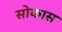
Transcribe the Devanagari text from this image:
सोकास